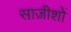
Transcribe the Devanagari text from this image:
साज़ीशों